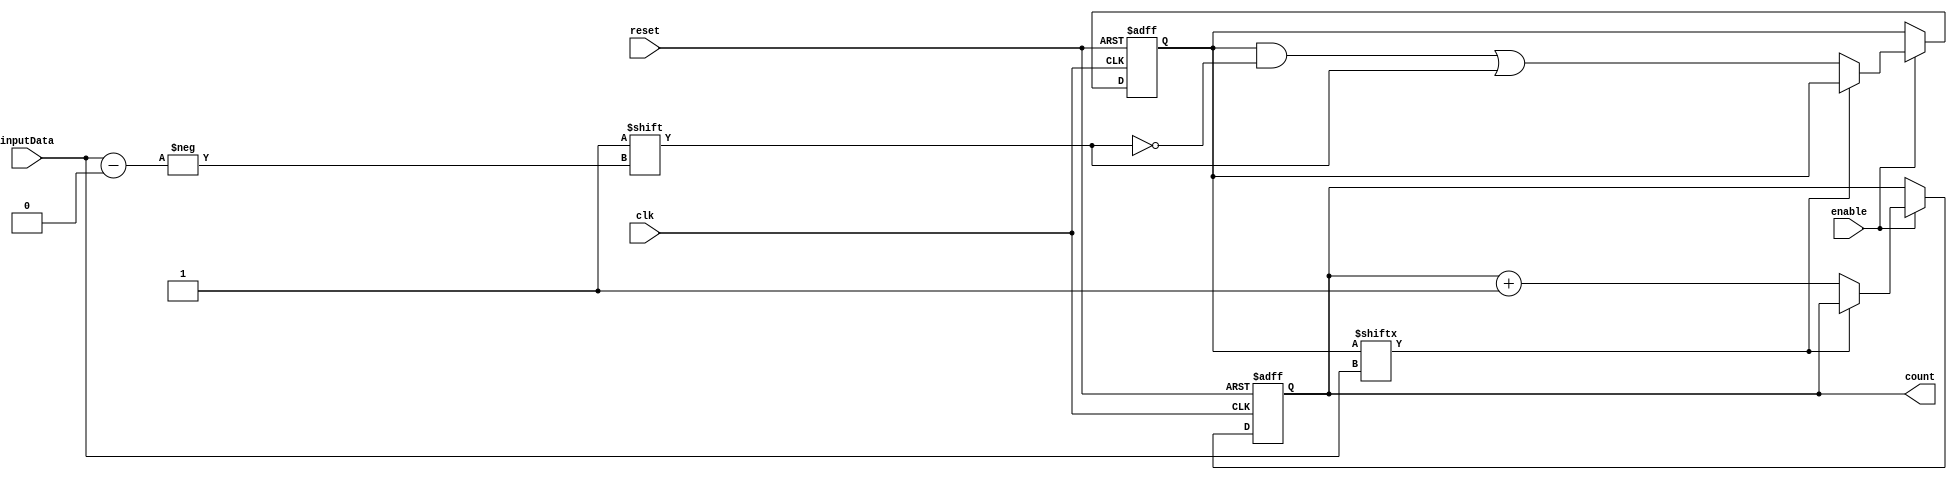
module dvsdfossbfc (
  input  clk,                // Clock input
  input reset,              // Reset input
  input enable,             // Enable input
  input  [7:0] inputData,     // Input data to be counted
  output reg [15:0] count        // Counter value output
);

  reg [15:0] counter;
  reg [15:0] bloomFilter;

  always @(posedge clk or posedge reset) begin
    if (reset) begin
      counter <= 16'b0000_0000_0000_0000;
      bloomFilter <= 16'b0000_0000_0000_0000;
    end else if (enable) begin
      if (bloomFilter[inputData]) begin
        // Bloom filter indicates that the input data is likely already counted
        counter <= counter;
      end else begin
        // Bloom filter indicates that the input data is likely not counted
        counter <= counter + 1;
        bloomFilter[inputData] <= 1;
      end
    end
  end

  assign count = counter;

endmodule